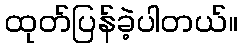
ထုတ်ပြန်ခဲ့ပါတယ်။